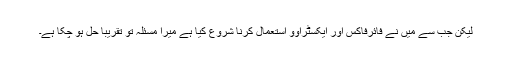
لیکن جب سے میں نے فائرفاکس اور ایکسٹراوو استعمال کرنا شروع کیا ہے میرا مسئلہ تو تقریبا حل ہو چکا ہے۔